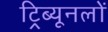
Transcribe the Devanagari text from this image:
ट्रिब्यूनलों